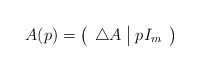
\begin{align*} A(p)=\left(\begin{array}{c|c}\triangle A & pI_m\end{array}\right)\end{align*}